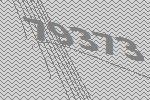
79373